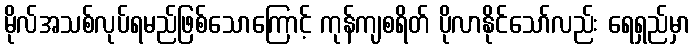
မိုလ်အသစ်လုပ်ရမည်ဖြစ်သောကြောင့် ကုန်ကျစရိတ် ပိုလာနိုင်သော်လည်း ရေရှည်မှာ